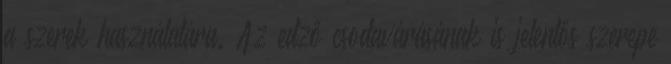
a szerek használatára. Az edző csodavárásának is jelentős szerepe